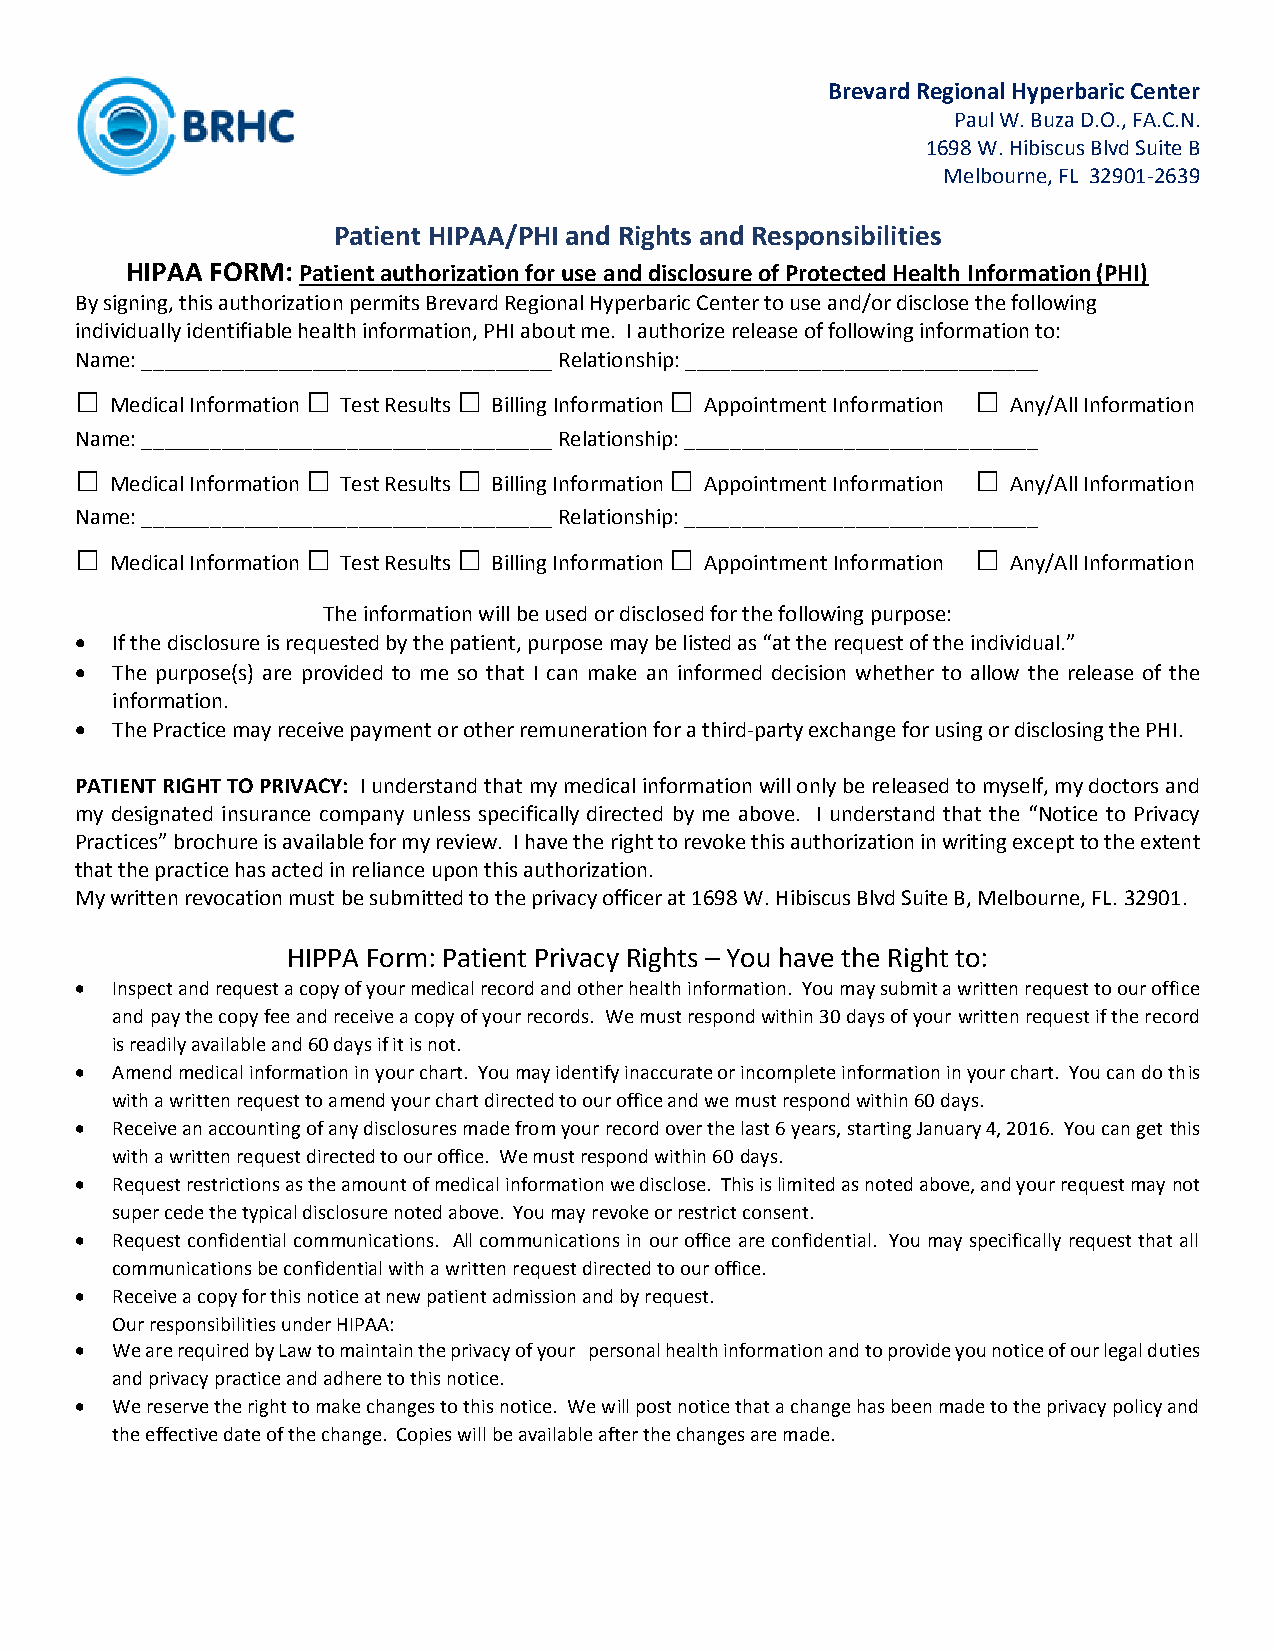
Brevard Regional Hyperbaric Center
 Paul W. Buza D.O., FA.C.N.
 1698 W. Hibiscus Blvd Suite B
 Melbourne, FL 32901-2639
 Patient HIPAA/PHI and Rights and Responsibilities
 HIPAA FORM: Patient authorization for use and disclosure of Protected Health Information (PHI)
 By signing, this authorization permits Brevard Regional Hyperbaric Center to use and/or disclose the following
 individually identifiable health information, PHI about me. I authorize release of following information to:
 Name: ____________________________________ Relationship: _______________________________
 □              □         □             □                    □
 Medical Information Test Results Billing Information Appointment Information Any/All Information
 Name: ____________________________________ Relationship: _______________________________
 □              □         □             □                    □
 Medical Information Test Results Billing Information Appointment Information Any/All Information
 Name: ____________________________________ Relationship: _______________________________
 □              □         □             □                    □
 Medical Information Test Results Billing Information Appointment Information Any/All Information
 The information will be used or disclosed for the following purpose:
 • If the disclosure is requested by the patient, purpose may be listed as “at the request of the individual.”
 • The purpose(s) are provided to me so that I can make an informed decision whether to allow the release of the
 information.
 • The Practice may receive payment or other remuneration for a third-party exchange for using or disclosing the PHI.
 PATIENT RIGHT TO PRIVACY: I understand that my medical information will only be released to myself, my doctors and
 my designated insurance company unless specifically directed by me above. I understand that the “Notice to Privacy
 Practices” brochure is available for my review. I have the right to revoke this authorization in writing except to the extent
 that the practice has acted in reliance upon this authorization.
 My written revocation must be submitted to the privacy officer at 1698 W. Hibiscus Blvd Suite B, Melbourne, FL. 32901.
 HIPPA Form: Patient Privacy Rights – You have the Right to:
 • Inspect and request a copy of your medical record and other health information. You may submit a written request to our office
 and pay the copy fee and receive a copy of your records. We must respond within 30 days of your written request if the record
 is readily available and 60 days if it is not.
 • Amend medical information in your chart. You may identify inaccurate or incomplete information in your chart. You can do this
 with a written request to amend your chart directed to our office and we must respond within 60 days.
 • Receive an accounting of any disclosures made from your record over the last 6 years, starting January 4, 2016. You can get this
 with a written request directed to our office. We must respond within 60 days.
 • Request restrictions as the amount of medical information we disclose. This is limited as noted above, and your request may not
 super cede the typical disclosure noted above. You may revoke or restrict consent.
 • Request confidential communications. All communications in our office are confidential. You may specifically request that all
 communications be confidential with a written request directed to our office.
 • Receive a copy for this notice at new patient admission and by request.
 Our responsibilities under HIPAA:
 • We are required by Law to maintain the privacy of your personal health information and to provide you notice of our legal duties
 and privacy practice and adhere to this notice.
 • We reserve the right to make changes to this notice. We will post notice that a change has been made to the privacy policy and
 the effective date of the change. Copies will be available after the changes are made.